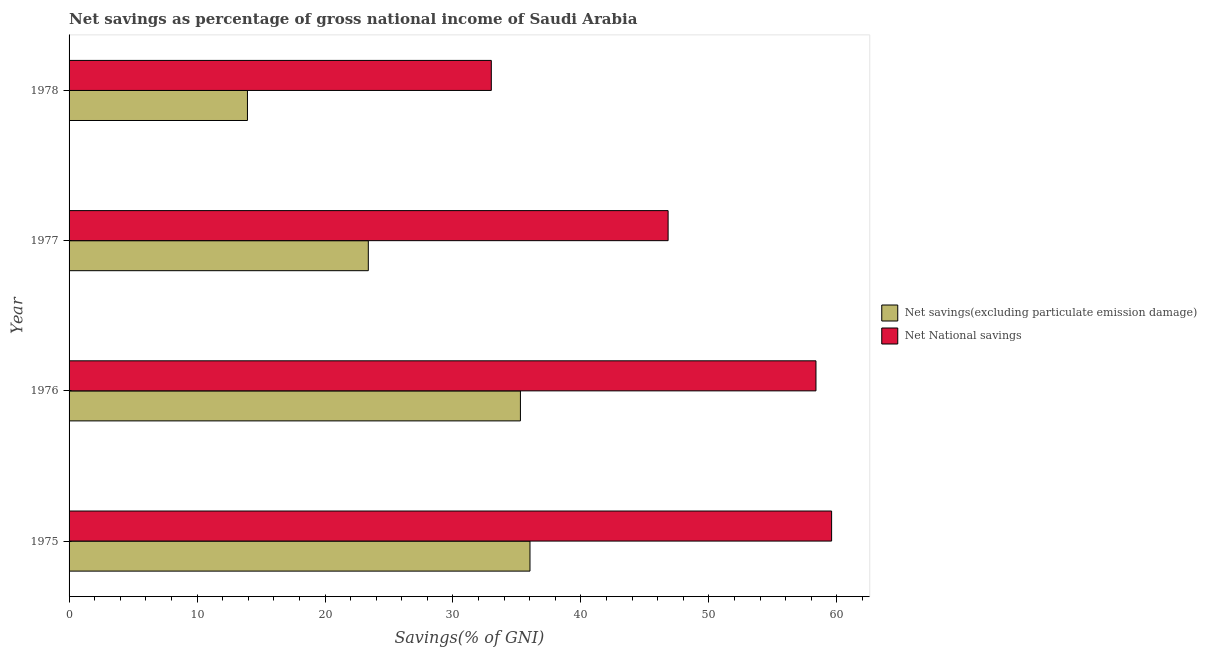
| Year | Net savings(excluding particulate emission damage) | Net National savings |
 | --- | --- | --- |
 | 1975 | 36 | 59.6 |
 | 1976 | 35.3 | 58.4 |
 | 1977 | 23.4 | 46.8 |
 | 1978 | 13.9 | 33 |